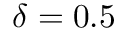
\delta = 0 . 5